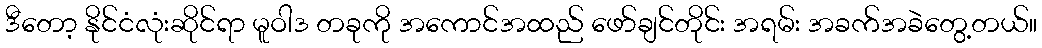
ဒီတော့ နိုင်ငံလုံးဆိုင်ရာ မူဝါဒ တခုကို အကောင်အထည် ဖော်ချင်တိုင်း အရမ်း အခက်အခဲတွေ့တယ်။